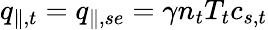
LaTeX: q_{\parallel,t}=q_{\parallel,se}=\gamma n_{t}T_{t}c_{s,t}